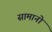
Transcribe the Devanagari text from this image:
सामानो